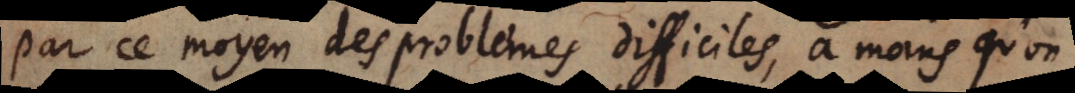
par ce moyen des problemes difficiles, a moins qu’on